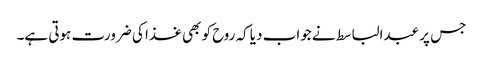
جس پر عبدالباسط نے جواب دیا کہ روح کو بھی غذا کی ضرورت ہوتی ہے۔